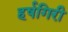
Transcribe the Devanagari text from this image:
हर्षगिरी